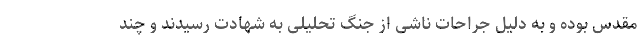
مقدس بوده و به دلیل جراحات ناشی از جنگ تحلیلی به شهادت رسیدند و چند